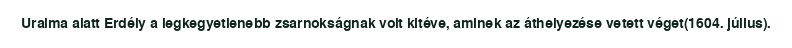
Uralma alatt Erdély a legkegyetlenebb zsarnokságnak volt kitéve, aminek az áthelyezése vetett véget(1604. július).